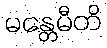
မန္တေမီတိ